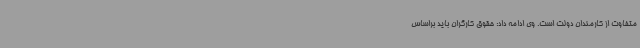
متفاوت از کارمندان دولت است. وی ادامه داد: حقوق کارگران باید براساس